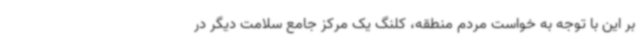
بر این با توجه به خواست مردم منطقه، کلنگ یک مرکز جامع سلامت دیگر در